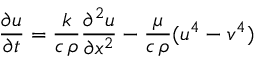
{ \frac { \partial u } { \partial t } } = { \frac { k } { c \, \rho } } { \frac { \partial ^ { 2 } u } { \partial x ^ { 2 } } } - { \frac { \mu } { c \, \rho } } ( u ^ { 4 } - v ^ { 4 } )